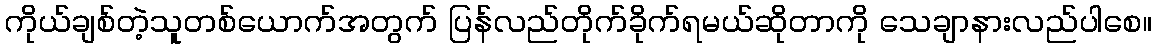
ကိုယ်ချစ်တဲ့သူတစ်ယောက်အတွက် ပြန်လည်တိုက်ခိုက်ရမယ်ဆိုတာကို သေချာနားလည်ပါစေ။